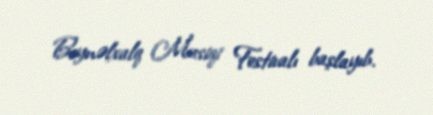
Beynəlxalq Musiqi Festivalı başlayıb.